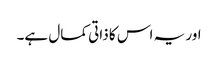
اور یہ اس کا ذاتی کمال ہے۔